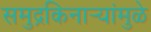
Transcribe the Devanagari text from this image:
समुद्रकिनार्‍यांमुळे